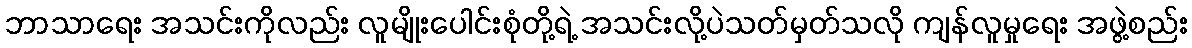
ဘာသာရေး အသင်းကိုလည်း လူမျိုးပေါင်းစုံတို့ရဲ့ အသင်းလို့ပဲသတ်မှတ်သလို ကျန်လူမှုရေး အဖွဲ့စည်း